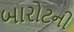
બારોટની